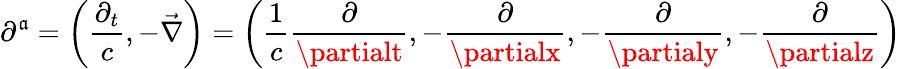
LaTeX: \partial^{\mathfrak{a}}=\left({\frac{{\partial_{t}}}{{c}}},-{\vec{{\nabla}}}\right)=\left({\frac{{1}}{{c}}}{\frac{{\partial}}{{\partialt}}},-{\frac{{\partial}}{{\partialx}}},-{\frac{{\partial}}{{\partialy}}},-{\frac{{\partial}}{{\partialz}}}\right)